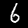
Digit: 6